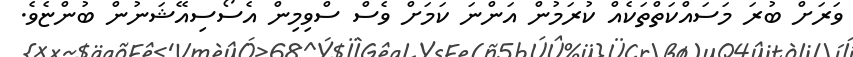
ވަރަށް ބުރަ މަސައްކަތްތަކެއް ކުރަމުން އަންނަ ކަމަށް ވެސް ސްވިމިން އެސޯސިއޭޝަނުން ބުންޏެވެ.